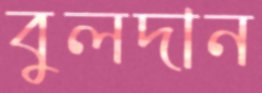
বুলদান